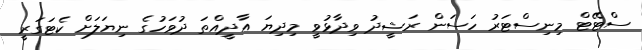
ސްޓޭޓް މިނިސްޓަރު ހަސަން ރަޝީދު ވިދާޅުވީ މިދިޔަ އާދީއްތަ ދުވަހުގެ ނިޔަލަށް ކެޓަގަރީ